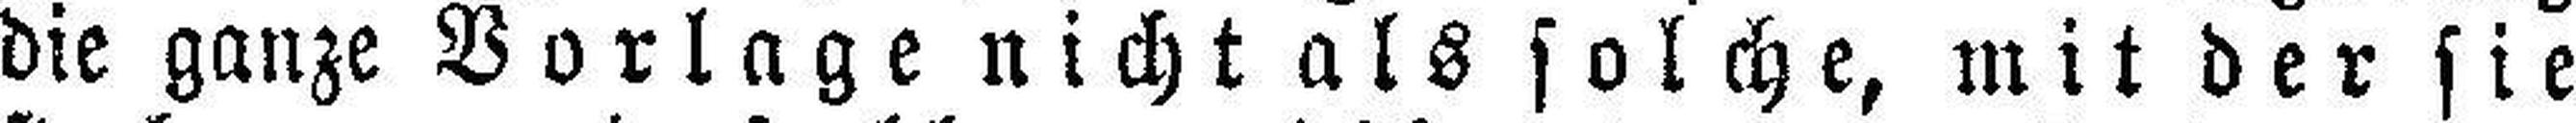
die ganze Vorlage nicht als solche, mit der sie